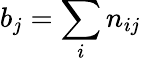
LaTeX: b_{j}=\sum_{i}n_{ij}